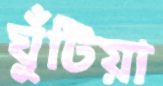
ঘুঁটিয়া